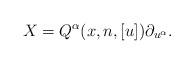
LaTeX: \begin{align*}X=Q^{\alpha}(x,n,[u])\partial_{u^{\alpha}}.\end{align*}